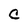
Character: C